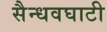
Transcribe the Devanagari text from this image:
सैन्धवघाटी